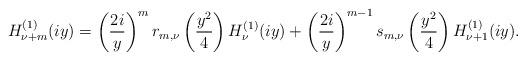
LaTeX: \begin{align*}H_{\nu+m}^{(1)}(iy)=\left(\frac{2i}{y}\right)^{m} r_{m,\nu}\left(\frac{y^2}{4}\right)H_{\nu}^{(1)}(iy)+\left(\frac{2i}{y}\right)^{m-1}s_{m,\nu}\left(\frac{y^2}{4}\right)H_{\nu+1}^{(1)}(iy).\end{align*}